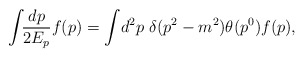
\begin{align*}\int\!\!\frac{dp}{2E_{p}}f(p) = \int\!d^{2}p\ \delta(p^{2}-m^{2}) \theta(p^{0}) f(p),\end{align*}